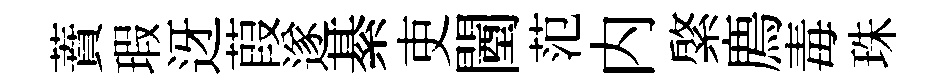
蕡瑕迓葭遂綦吏闉范内綮廌毒珠